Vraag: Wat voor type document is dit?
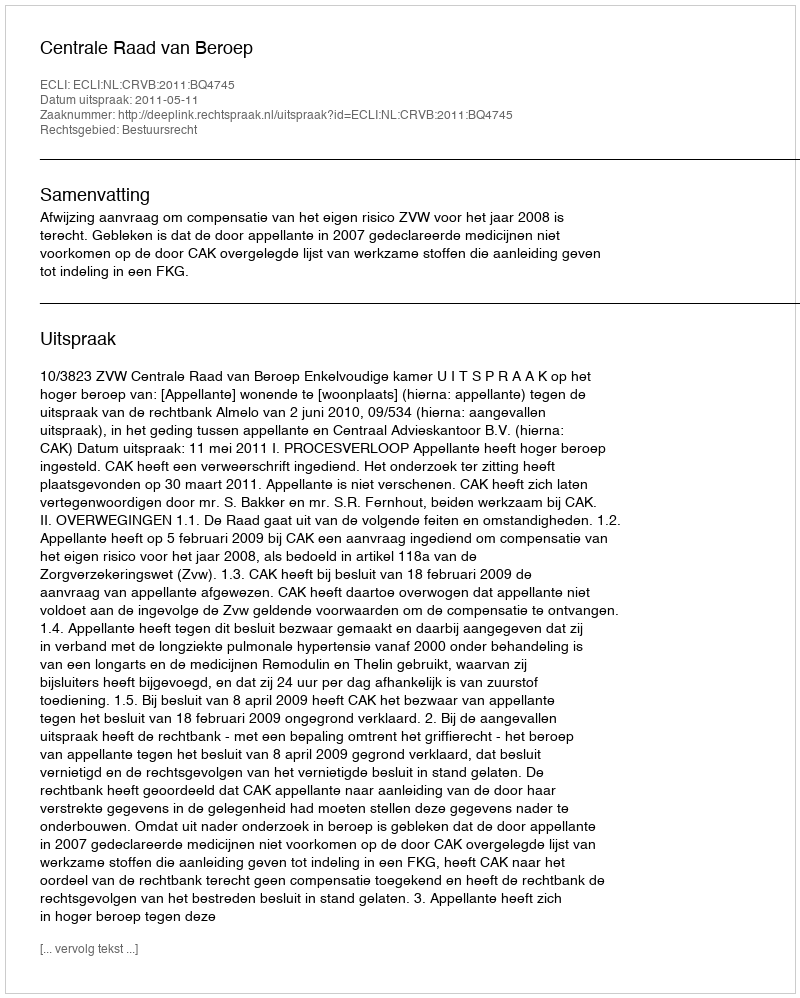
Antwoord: Uitspraak